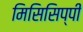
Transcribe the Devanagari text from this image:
मिसिसिप्‍पी